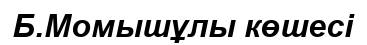
Б.Момышұлы көшесі